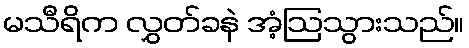
မသီရိက လွှတ်ခနဲ အံ့ဩသွားသည်။